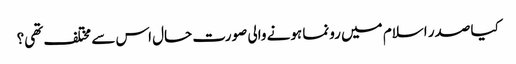
کیا صدر اسلام میں رونما ہونے والی صورت حال اس سے مختلف تھی؟